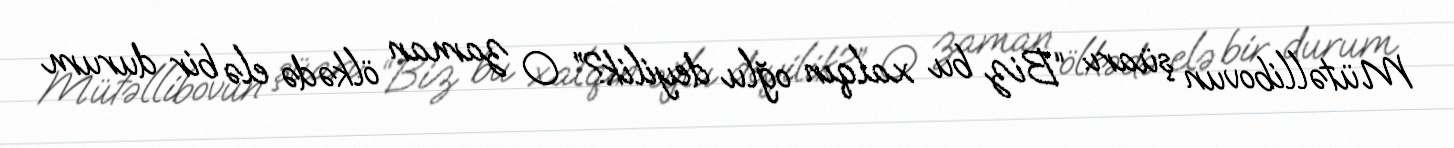
Mütəllibovun şüarı: “Biz bu xalqın oğlu deyilik?” O zaman ölkədə elə bir durum